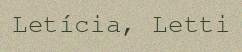
Letícia, Letti